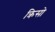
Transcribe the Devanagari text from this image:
क्रिसो